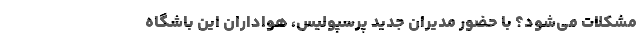
مشکلات می‌شود؟ با حضور مدیران جدید پرسپولیس، هواداران این باشگاه